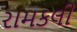
રામકલી